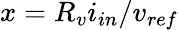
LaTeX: x=R_{v}i_{in}/v_{ref}